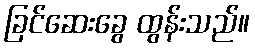
ခြင်ဆေးခွေ ထွန်းသည်။